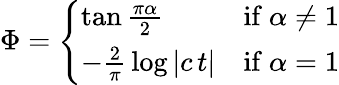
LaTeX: \Phi={\left\{ \begin{array}{ll}{\tan{\frac{\pi\alpha}{2}}}&{{\mathrm{if~}}\alpha\neq 1}\\ {-{\frac{2}{\pi}}\log|c\, t|}&{{\mathrm{if~}}\alpha=1}\end{array}\right.}